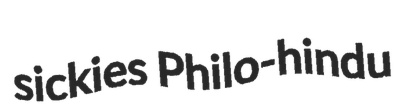
sickies Philo-hindu